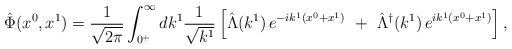
LaTeX: \begin{align*}\hat{\Phi} (x^{0},x^{1}) = \frac{1}{\sqrt{2\pi }} \int _{0^{+}}^{\infty} dk^{1}\frac{1}{\sqrt{k^{1}}} \left[ \hat{\Lambda}(k^{1})\,e^{-ik^{1}(x^{0}+x^{1})}\,\,+\,\,\hat{\Lambda}^{\dagger}(k^{1})\,e^{ik^{1}(x^{0}+x^{1})} \right],\end{align*}